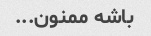
باشه ممنون...